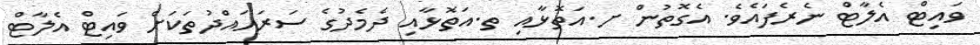
ވައިޓް އެލާޓް ނެރެފައެވެ. އެގޮތުން ށ.އަތޮޅާއި ތ.އަތޮޅާއި ދެމެދުގެ ސަރަހައްދުތަކަށް ވައިޓް އެލާޓް